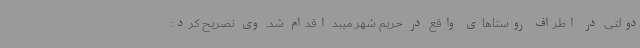
دولتی در اطراف روستاهای واقع در حریم شهر میبد اقدام شد. وی تصریح کرد: